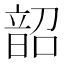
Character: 韶